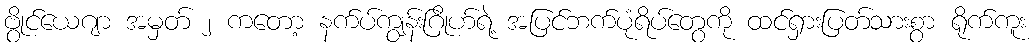
ဗွိုင်ယေဂျာ အမှတ် ၂ ကတော့ နက်ပ်ကျွန်းဂြိုဟ်ရဲ့ အပြင်ဘက်ပုံရိပ်တွေကို ထင်ရှားပြတ်သားစွာ ရိုက်ကူး